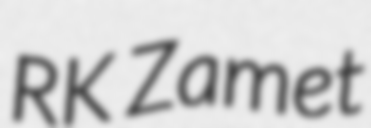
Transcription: RK Zamet